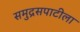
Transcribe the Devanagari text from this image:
समुद्रसपाटीला